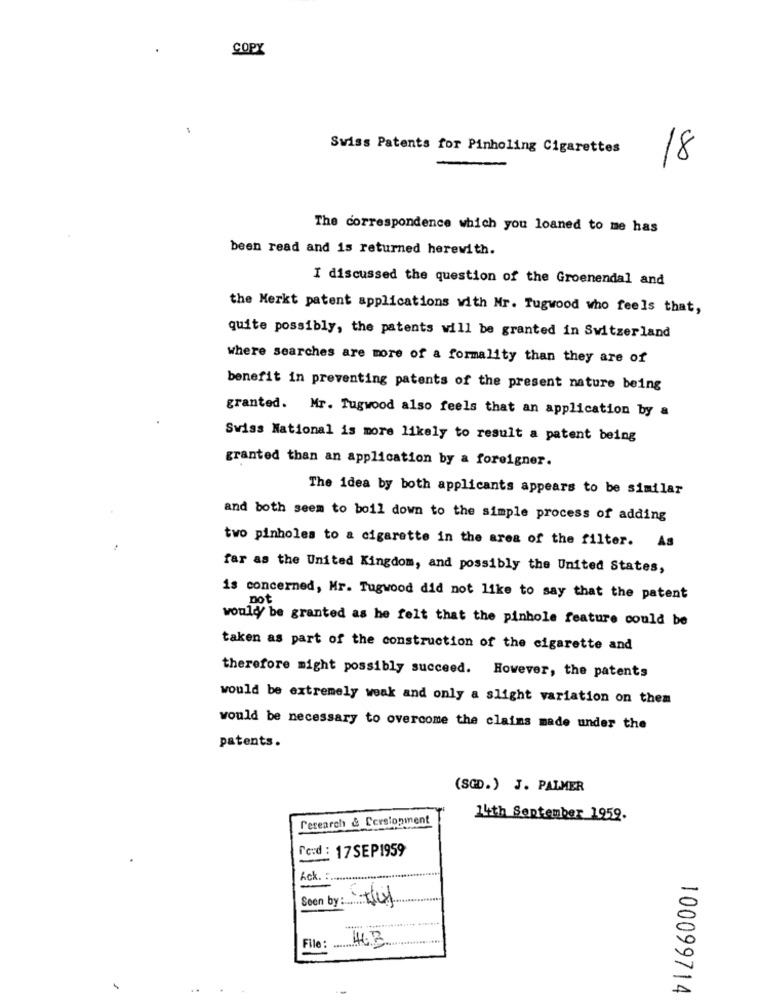
COPY
Swiss Patents for Pinholing Cigarettes
18
The correspondence which you loaned to me has
been read and is returned herewith.
I discussed the question of the Groenendal and
the Merkt patent applications with Mr. Tugwood who feels that,
quite possibly, the patents will be granted in Switzerland
where searches are more of a formality than they are of
benefit in preventing patents of the present nature being
granted. Mr. Tugwood also feels that an application by a
Swiss National is more likely to result a patent being
granted than an application by a foreigner.
The idea by both applicants appears to be similar
and both seem to boil down to the simple process of adding
two pinholes to a cigarette in the area of the filter. As
far as the United Kingdom, and possibly the United States,
is concerned, Mr. Tugwood did not like to say that the patent
mot
would be granted as he felt that the pinhole feature could be
taken as part of the construction of the cigarette and
therefore might possibly succeed.
However, the patents
would be extremely weak and only a slight variation on them
would be necessary to overcome the claims made under the
patents.
(SGD.) J. PALMER
research & Corsiopment
14th September 1959.
To:d : 17SEP1959
Ack. :
Seen by: they
File: .......
100099714